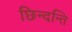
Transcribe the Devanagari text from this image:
छिन्दन्ति